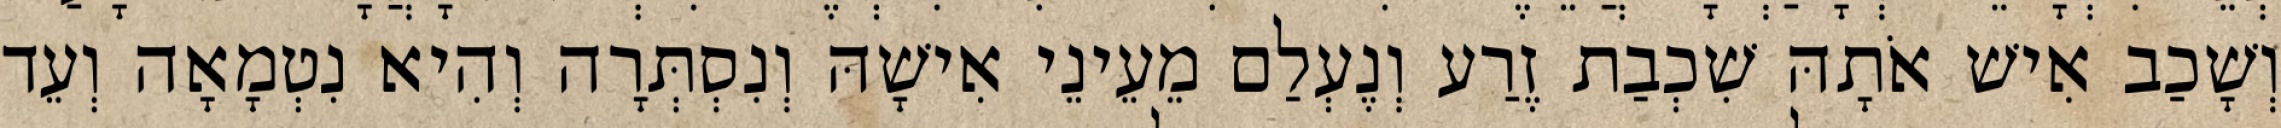
וְשָׁכַב אִישׁ אֹתָהּ שִׁכְבַת זֶרַע וְנֶעְלַם מֵעֵינֵי אִישָׁהּ וְנִסְתְּרָה וְהִיא נִטְמָאָה וְעֵד